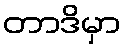
တာဒိမှာ